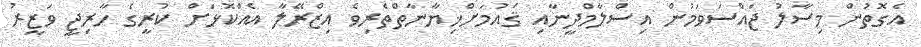
އެގޮތުން މިސާލު ޖައްސަވަމުން އިސްލާމްދީނާއި ޤައުމަށްޚިޔާނާތްތެރިވެ އިޒްރޭލާ އެއްކޮޅަށް ކުރީގެ ހާރިޖީ ވަޒީރު